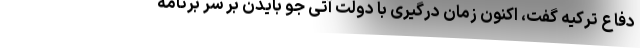
دفاع ترکیه گفت، اکنون زمان درگیری با دولت آتی جو بایدن بر سر برنامه